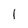
Character: 1